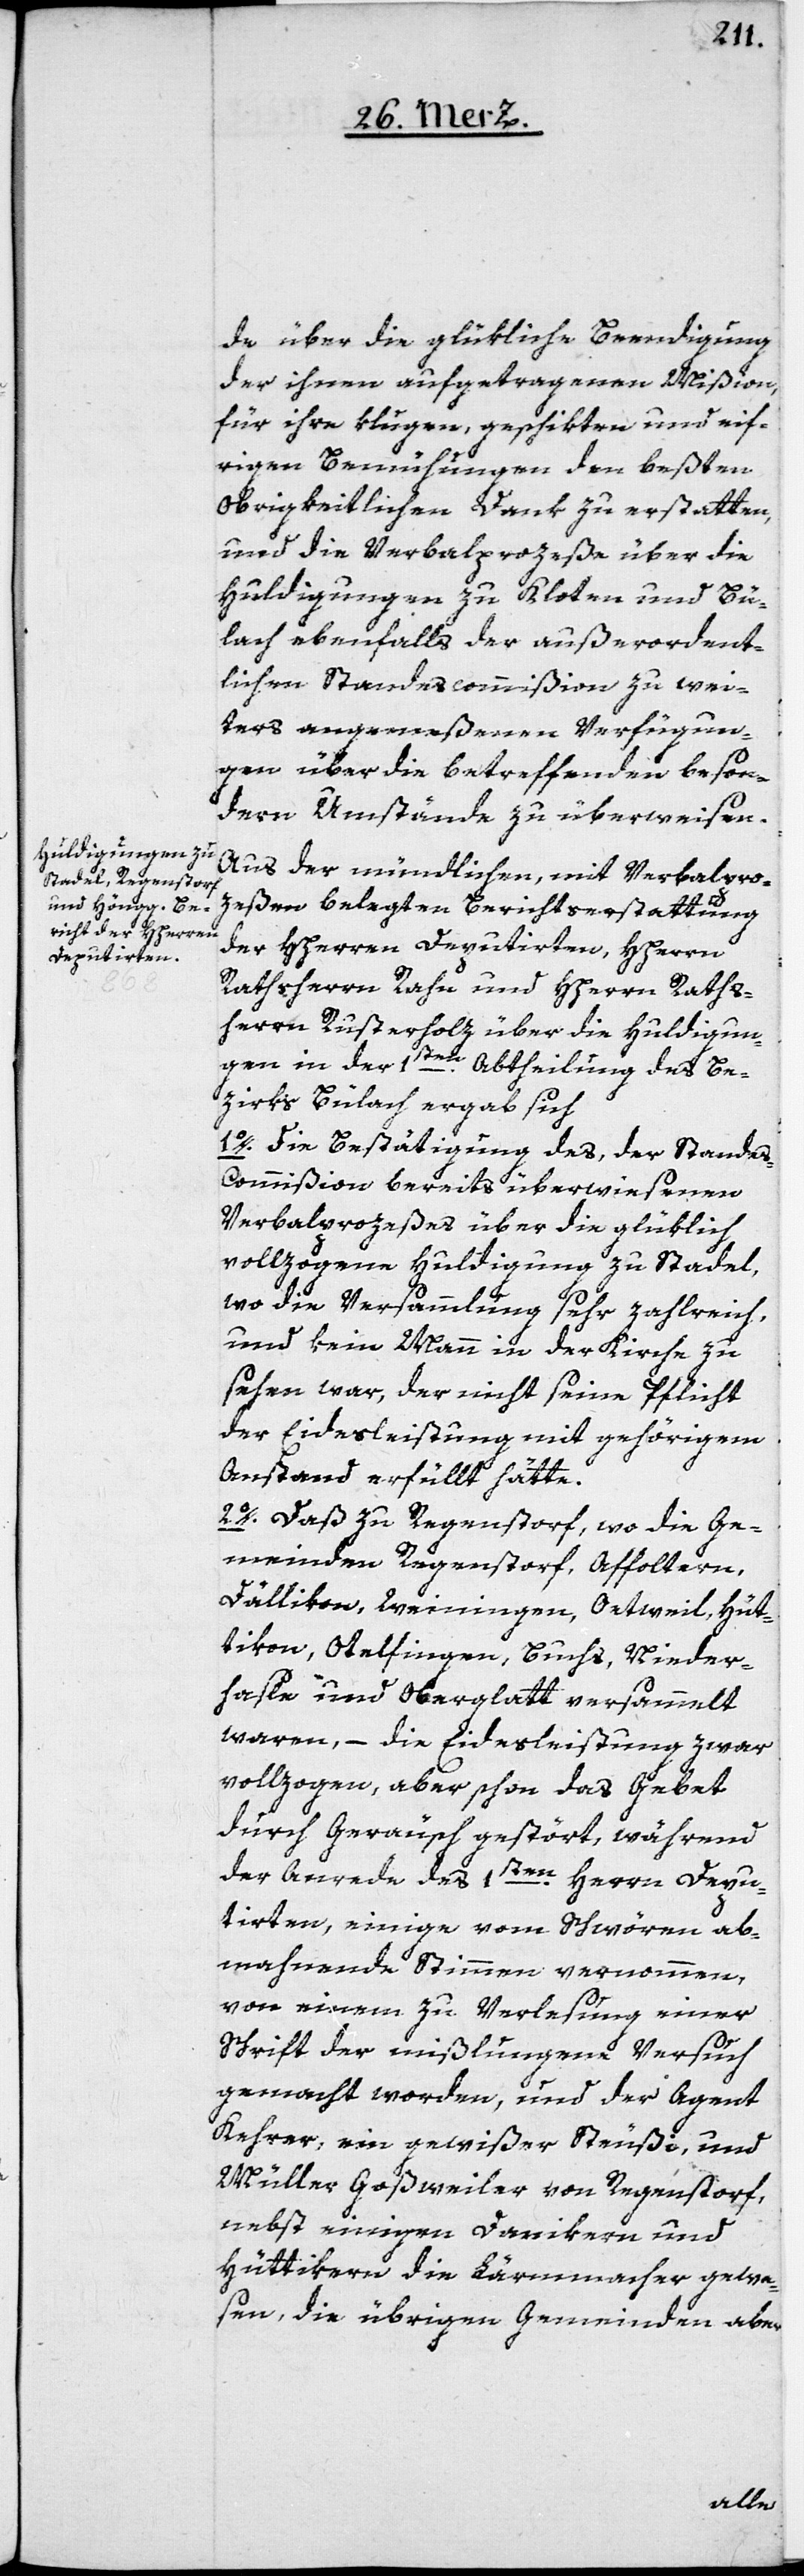
de über die glükliche Beendigung
der ihnen aufgetragenen Mißion,
für ihre klugen, geschikten und eif¬
rigen Bemühungen den beßten
obrigkeitlichen Dank zu erstatten,
und die Verbalprozeße über die
Huldigungen zu Kloten und Bü¬
lach ebenfalls der außerordent¬
lichen Standescommißion zu wei¬
ters angemeßenen Verfügun¬
gen über die betreffenden beson¬
dern Umstände zu überweisen.
Aus der mündlichen, mit Verbalpro¬
zeßen belegten Berichtserstattung
der HHerren Deputirten, HHerrn
Rathsherrn Rahn und HHerrn Raths¬
herrn Rusterholz über die Huldigun¬
gen in der 1sten Abtheilung des Be¬
zirks Bülach ergab sich
1o. Die Bestätigung des, der Stande¬
s-Commißion bereits überwiesenen
Verbalprozeßes über die glüklich
vollzogene Huldigung zu Stadel,
wo die Versammlung sehr zahlreich,
und kein Mann in der Kirche zu
sehen war, der nicht seine Pflicht
der Eidesleistung mit gehörigem
Anstand erfüllt hätte.
2o. Daß zu Regenstorf, wo die Ge¬
meinden Regenstorf, Affoltern,
Dällikon, Weiningen, Oetweil, Hüt¬
tikon, Otelfingen, Buchs, Nieder¬
hasle und Oberglatt versammelt
waren, – die Eidesleistung zwar
vollzogen, aber schon das Gebet
durch Geräusch gestört, während
der Anrede des 1sten Herrn Depu¬
tirten, einige vom Schwören ab¬
mahnende Stimmen vernommen,
von einem zu Verlesung einer
Schrift der mißlungene Versuch
gemacht worden, und der Agent
Kehrer, ein gewißer Steußi, und
Müller Goßweiler von Regenstorf,
nebst einigen Danikern und
Hüttikern die Lärmmacher gewe¬
sen, die übrigen Gemeinden